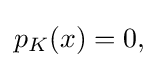
{\textstyle p_{K}(x)=0,}